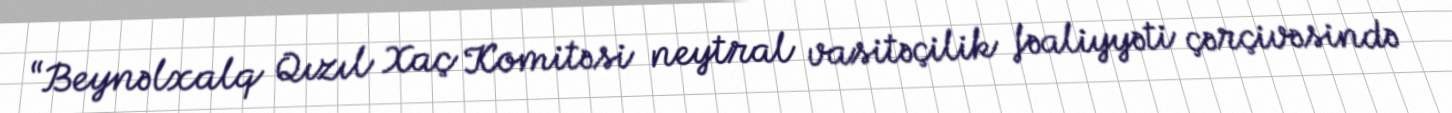
“Beynəlxalq Qızıl Xaç Komitəsi neytral vasitəçilik fəaliyyəti çərçivəsində